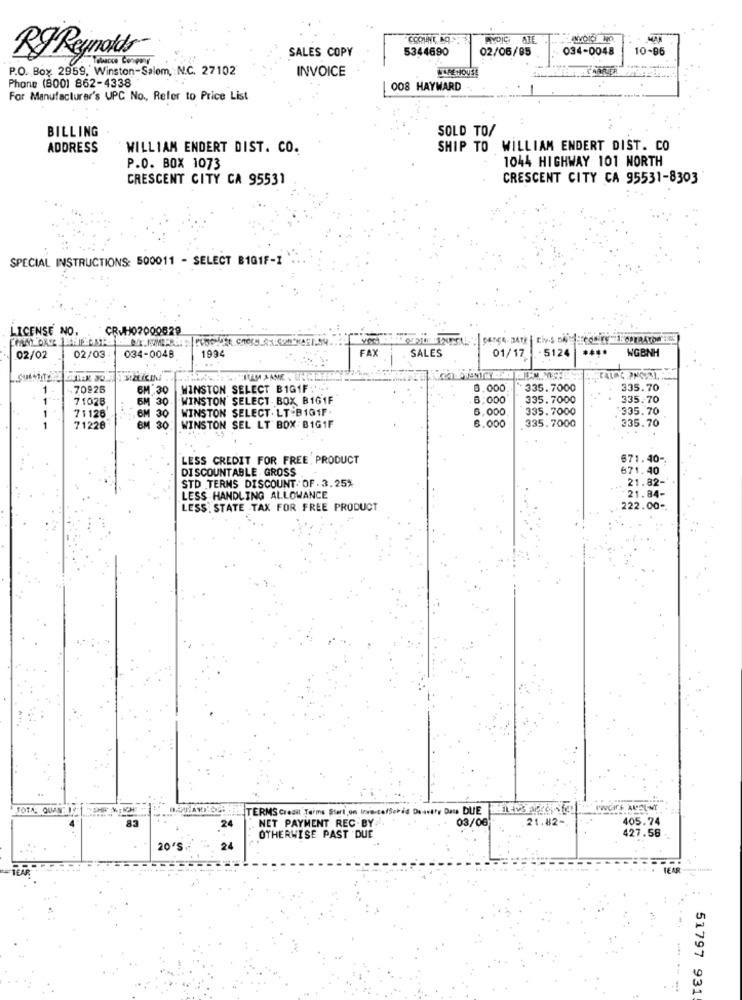
COOUNT, BO
MAK
5344690
02/05/85
034-0048
10-96
RJ Reynolds
SALES COPY
P.O. Box 2959, Winston-Salem, : N.C. 27102
INVOICE
Phone (800) 862-4338
008 HAYWARD
For Manufacturer's UPC No ., Refer to Price List
BILLING
SOLD TO/
ADDRESS
WILLIAM ENDERT DIST. CO.
SHIP TO WILLIAM ENDERT DIST. CO
1044 HIGHWAY 101 NORTH
P.O. BOX 1073
CRESCENT CITY CA 95531
CRESCENT CITY CA 95531-8303
SPECIAL INSTRUCTIONS: 500011 - SELECT B101F-1
LICENSE NO.
CRUH07000629
FAX
01/17
5124
****
WGBNH
02/02
02/03
034-0048
1994
SALES
70826
6M 30
WINSTON SELECT BIG1F ...
0,000
335.7000
335.70
71028
5M 30.
WINSTON SELECT BOX B1G1F
8:000
335.7000
335.70
WINSTON SELECT. LT-B101F.
6,000
335.7000
335.70
71126
30
6.000
.335.7000
335.70
71228
BM 30
WINSTON SEL LT BOX BIG1F
LESS CREDIT FOR FREE , PRODUCT
671.40-
DISCOUNTABLE . GROSS
671.40
STD TERMS DISCOUNT OF . 3.25%
21.82-
LESS HANDLING ALLOWANCE
21.84-
LESS. STATE TAX FOR FREE PRODUCT
222.00-
TERMS Credit Terms Start, on InvertefSchid Daavtry Dass DIE
24
NET PAYMENT REC-BY
03/06
21.82-
405.74
427.56
OTHERWISE PAST DUE
20'S
24
51797 931